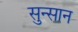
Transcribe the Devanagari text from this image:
सुन्सान